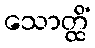
သောတ္ထိံ